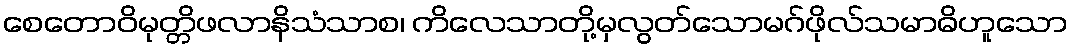
စေတောဝိမုတ္တိဖလာနိသံသာစ၊ ကိလေသာတို့မှလွတ်သောမဂ်ဖိုလ်သမာဓိဟူသော